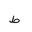
Letter: _da